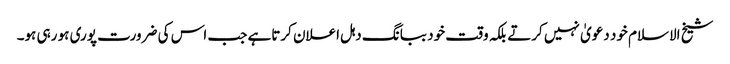
شیخ الاسلام خود دعویٰ نہیں کرتے بلکہ وقت خود ببانگ دہل اعلان کرتاہے جب اس کی ضرورت پوری ہو رہی ہو۔